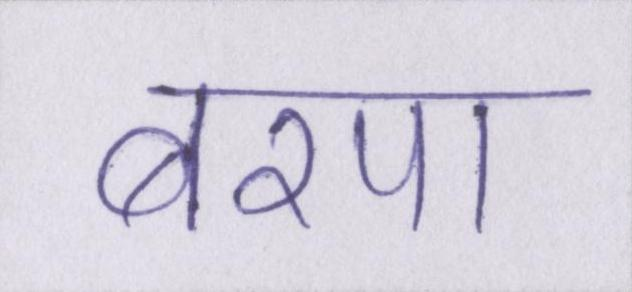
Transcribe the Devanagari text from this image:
बरपा